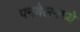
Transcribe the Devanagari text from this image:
पनवेलमध्ये